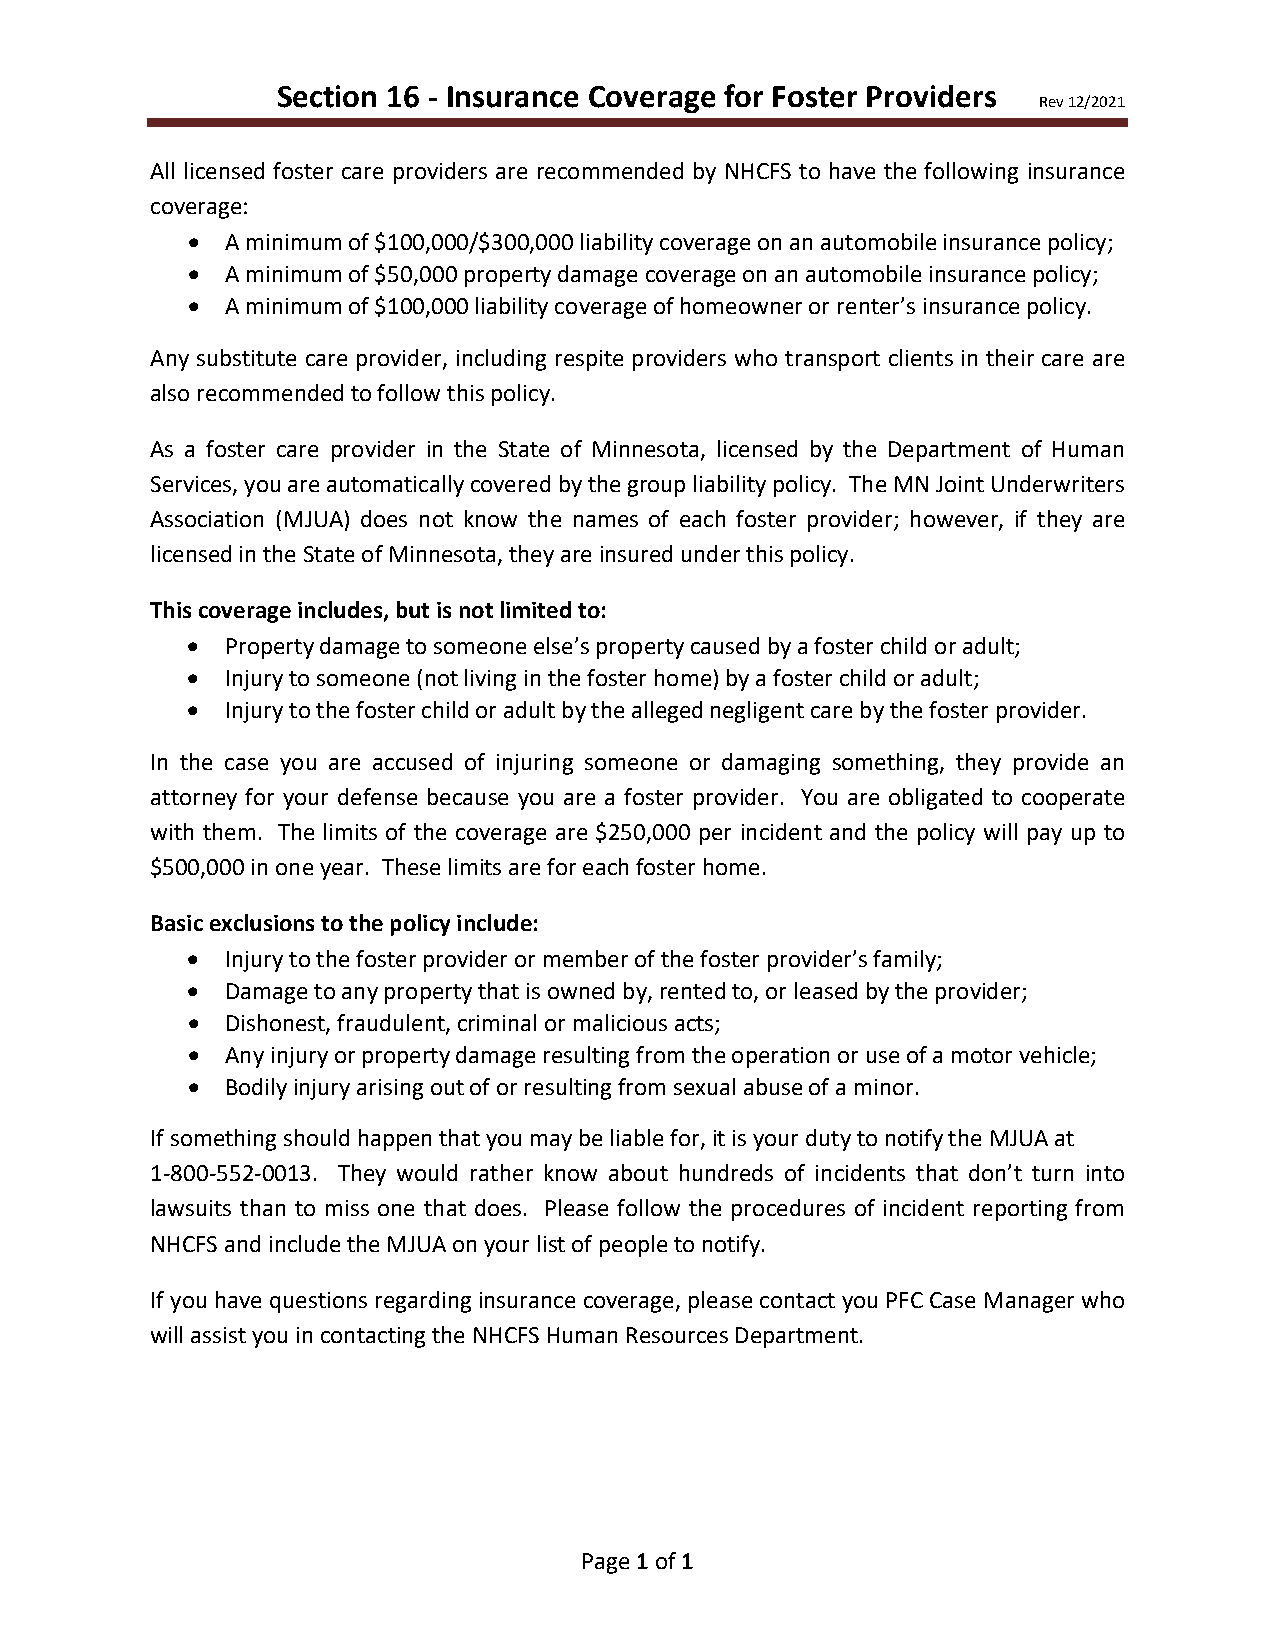
Section 16 - Insurance Coverage for Foster Providers
 Rev 12/2021
 All licensed foster care providers are recommended by NHCFS to have the following insurance
 coverage:
 •  A minimum of $100,000/$300,000 liability coverage on an automobile insurance policy;
 •  A minimum of $50,000 property damage coverage on an automobile insurance policy;
 •  A minimum of $100,000 liability coverage of homeowner or renter’s insurance policy.
 Any substitute care provider, including respite providers who transport clients in their care are
 also recommended to follow this policy.
 As a foster care provider in the State of Minnesota, licensed by the Department of Human
 Services, you are automatically covered by the group liability policy. The MN Joint Underwriters
 Association (MJUA) does not know the names of each foster provider; however, if they are
 licensed in the State of Minnesota, they are insured under this policy.
 This coverage includes, but is not limited to:
 •  Property damage to someone else’s property caused by a foster child or adult;
 •  Injury to someone (not living in the foster home) by a foster child or adult;
 •  Injury to the foster child or adult by the alleged negligent care by the foster provider.
 In the case you are accused of injuring someone or damaging something, they provide an
 attorney for your defense because you are a foster provider. You are obligated to cooperate
 with them. The limits of the coverage are $250,000 per incident and the policy will pay up to
 $500,000 in one year. These limits are for each foster home.
 Basic exclusions to the policy include:
 •  Injury to the foster provider or member of the foster provider’s family;
 •  Damage to any property that is owned by, rented to, or leased by the provider;
 •  Dishonest, fraudulent, criminal or malicious acts;
 •  Any injury or property damage resulting from the operation or use of a motor vehicle;
 •  Bodily injury arising out of or resulting from sexual abuse of a minor.
 If something should happen that you may be liable for, it is your duty to notify the MJUA at
 1-800-552-0013. They would rather know about hundreds of incidents that don’t turn into
 lawsuits than to miss one that does. Please follow the procedures of incident reporting from
 NHCFS and include the MJUA on your list of people to notify.
 If you have questions regarding insurance coverage, please contact you PFC Case Manager who
 will assist you in contacting the NHCFS Human Resources Department.
 Page 1 of 1